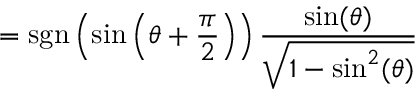
= \operatorname { s g n } \left( \sin \left( \theta + { \frac { \pi } { 2 } } \right) \right) { \frac { \sin ( \theta ) } { \sqrt { 1 - \sin ^ { 2 } ( \theta ) } } }